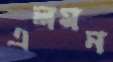
এলমন